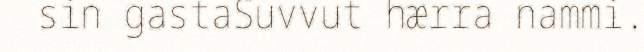
sin gastaSuvvut hærra nammi.